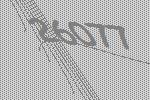
26077